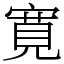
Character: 寛